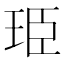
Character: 𮴐